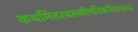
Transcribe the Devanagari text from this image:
कथमितरवल्लीपरिकरैः॥१०॥